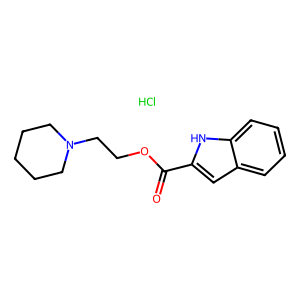
SMILES: Cl.O=C(OCCN1CCCCC1)c1cc2ccccc2[nH]1
Inhibits HIV replication: No